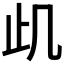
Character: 𭭙